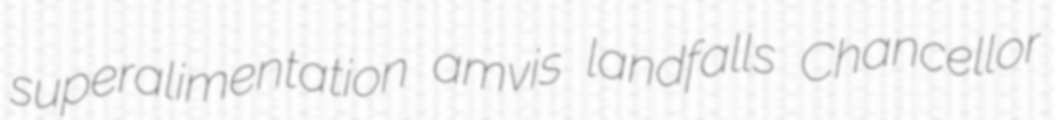
superalimentation amvis landfalls Chancellor